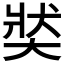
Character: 𡘾